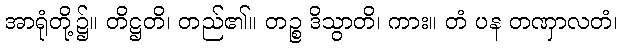
အာရုံတို့၌။ တိဋ္ဌတိ၊ တည်၏။ တဉ္စ ဒိသွာတိ၊ ကား။ တံ ပန တဏှာလတံ၊